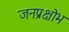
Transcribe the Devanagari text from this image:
जनप्रक्षोभ